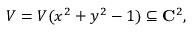
V = V ( x ^ { 2 } + y ^ { 2 } - 1 ) \subseteq \mathbf { C } ^ { 2 } ,